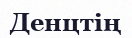
Денцтің